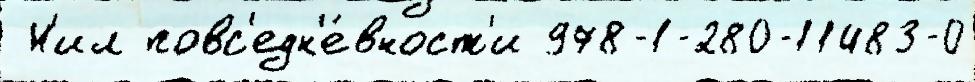
 Н'ил повс'едн'е́вност'и 978-1-280-11483-0